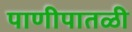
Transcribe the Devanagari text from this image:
पाणीपातळी